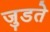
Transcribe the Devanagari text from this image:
जुडते